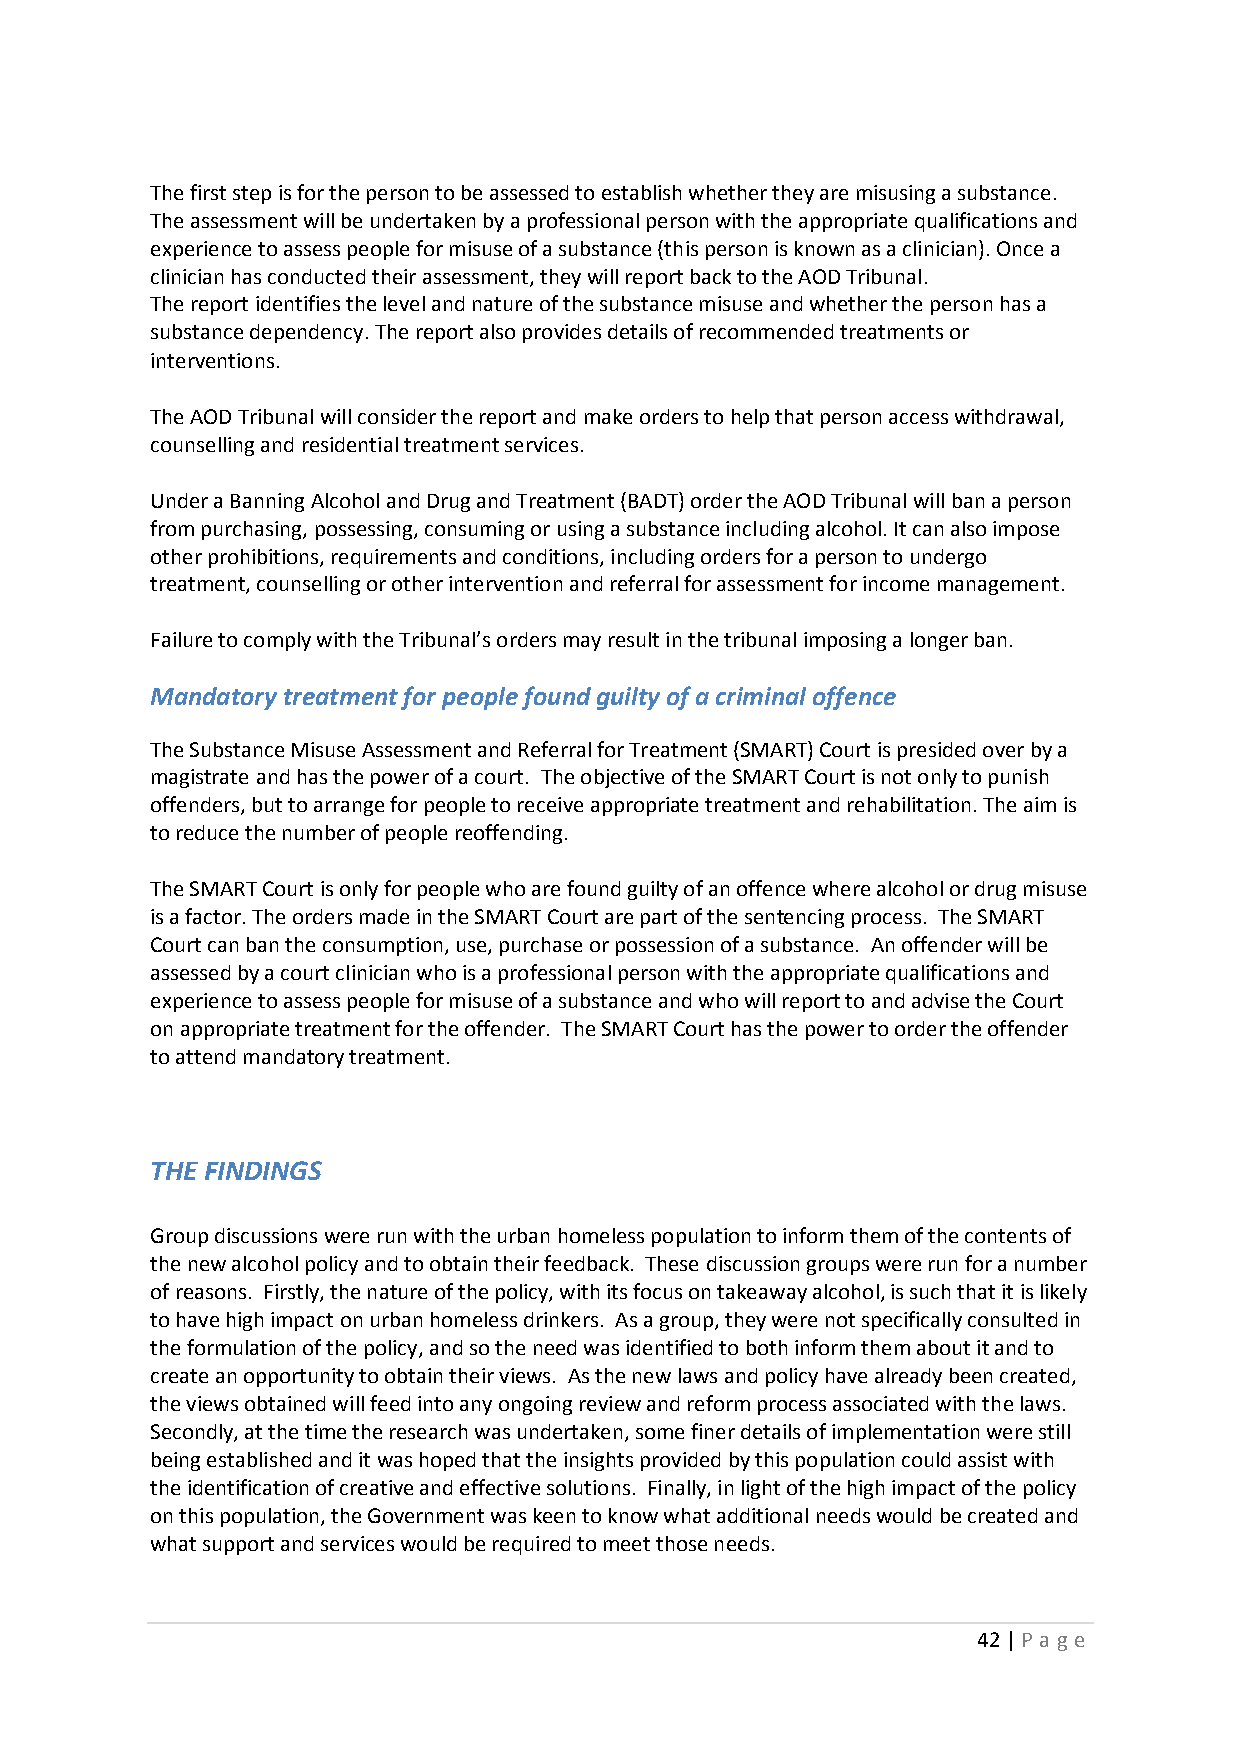
The first step is for the person to be assessed to establish whether they are misusing a substance.
 The assessment will be undertaken by a professional person with the appropriate qualifications and
 experience to assess people for misuse of a substance (this person is known as a clinician). Once a
 clinician has conducted their assessment, they will report back to the AOD Tribunal.
 The report identifies the level and nature of the substance misuse and whether the person has a
 substance dependency. The report also provides details of recommended treatments or
 interventions.
 The AOD Tribunal will consider the report and make orders to help that person access withdrawal,
 counselling and residential treatment services.
 Under a Banning Alcohol and Drug and Treatment (BADT) order the AOD Tribunal will ban a person
 from purchasing, possessing, consuming or using a substance including alcohol. It can also impose
 other prohibitions, requirements and conditions, including orders for a person to undergo
 treatment, counselling or other intervention and referral for assessment for income management.
 Failure to comply with the Tribunal’s orders may result in the tribunal imposing a longer ban.
 Mandatory treatment for people found guilty of a criminal offence
 The Substance Misuse Assessment and Referral for Treatment (SMART) Court is presided over by a
 magistrate and has the power of a court. The objective of the SMART Court is not only to punish
 offenders, but to arrange for people to receive appropriate treatment and rehabilitation. The aim is
 to reduce the number of people reoffending.
 The SMART Court is only for people who are found guilty of an offence where alcohol or drug misuse
 is a factor. The orders made in the SMART Court are part of the sentencing process. The SMART
 Court can ban the consumption, use, purchase or possession of a substance. An offender will be
 assessed by a court clinician who is a professional person with the appropriate qualifications and
 experience to assess people for misuse of a substance and who will report to and advise the Court
 on appropriate treatment for the offender. The SMART Court has the power to order the offender
 to attend mandatory treatment.
 THE FINDINGS
 Group discussions were run with the urban homeless population to inform them of the contents of
 the new alcohol policy and to obtain their feedback. These discussion groups were run for a number
 of reasons. Firstly, the nature of the policy, with its focus on takeaway alcohol, is such that it is likely
 to have high impact on urban homeless drinkers. As a group, they were not specifically consulted in
 the formulation of the policy, and so the need was identified to both inform them about it and to
 create an opportunity to obtain their views. As the new laws and policy have already been created,
 the views obtained will feed into any ongoing review and reform process associated with the laws.
 Secondly, at the time the research was undertaken, some finer details of implementation were still
 being established and it was hoped that the insights provided by this population could assist with
 the identification of creative and effective solutions. Finally, in light of the high impact of the policy
 on this population, the Government was keen to know what additional needs would be created and
 what support and services would be required to meet those needs.
 42 | P age